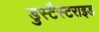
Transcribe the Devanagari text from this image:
डुस्टैस्टराइड